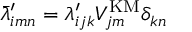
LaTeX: \bar { \lambda } _ { i m n } ^ { \prime } = \lambda _ { i j k } ^ { \prime } V _ { j m } ^ { \mathrm { K M } } \delta _ { k n }